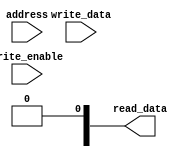
module Memory_Block_HBM (
    input wire [15:0] address,
    input wire write_enable,
    input wire [63:0] write_data,
    output reg [63:0] read_data
);

// Memory block parameters
parameter MEM_ROWS = 256;
parameter MEM_COLS = 256;
parameter ECC_BITS = 8;

// Memory arrays
reg [63:0] memory [MEM_ROWS-1:0][MEM_COLS-1:0];

// Address decoding logic
reg [7:0] block_select;
reg [15:0] row_address;
reg [15:0] col_address;

assign block_select = address[15:8];
assign row_address = address[7:0];
assign col_address = address[15:8];

// ECC functionality
reg [ECC_BITS-1:0] ecc_bits;
reg [62:0] data_with_ecc;

always @ (posedge write_enable)
begin
    // Write operation with ECC
    data_with_ecc = {write_data, ecc_bits};
    memory[row_address][col_address] <= data_with_ecc;
end

always @ (block_select or row_address or col_address)
begin
    // Read operation with ECC check
    read_data <= memory[row_address][col_address];
    ecc_bits <= read_data[70:63];
    read_data <= read_data[62:0];
end

endmodule